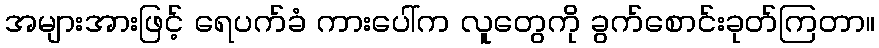
အများအားဖြင့် ရေပက်ခံ ကားပေါ်က လူတွေကို ခွက်စောင်းခုတ်ကြတာ။